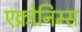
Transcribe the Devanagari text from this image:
एक्रोनिम्स